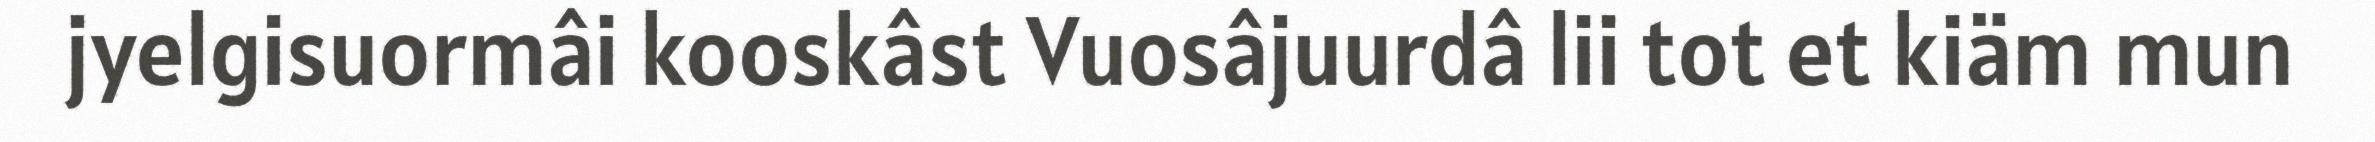
jyelgisuormâi kooskâst Vuosâjuurdâ lii tot et kiäm mun